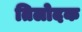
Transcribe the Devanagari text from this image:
तिलोदक